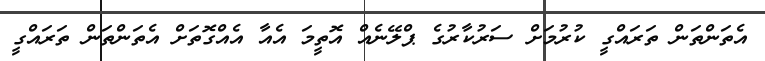
އެތަންތަން ތަރައްގީ ކުރުމަށް ސަރުކާރުގެ ޕްލޭނެއް އޮތީމަ އެއާ އެއްގޮތަށް އެތަންތަން ތަރައްގީ